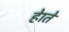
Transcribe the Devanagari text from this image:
हेाते